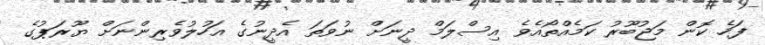
ފަހެ ކޮން މަޖުބޫރު ކަމެއްތޯއެވެ އިސްލަމް ދީނަށް ނުވަތަ އެދީނުގެ އަހުލުވެރިންނަށް ޔޫރަޕުގެ